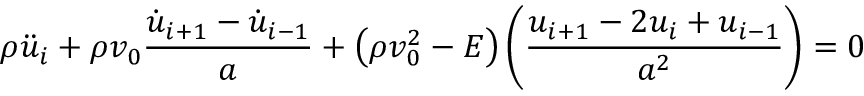
\rho \ddot { u } _ { i } + \rho v _ { 0 } \frac { \dot { u } _ { i + 1 } - \dot { u } _ { i - 1 } } { a } + \left( \rho v _ { 0 } ^ { 2 } - E \right) \left( \frac { { u } _ { i + 1 } - 2 u _ { i } + u _ { i - 1 } } { a ^ { 2 } } \right) = 0